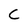
Character: C